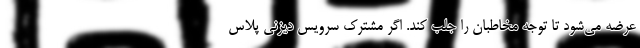
عرضه می‌شود تا توجه مخاطبان را جلب کند. اگر مشترک سرویس دیزنی پلاس